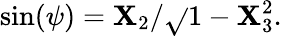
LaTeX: \sin(\psi)=\mathbf{X}_{2}/{\sqrt{}{{1-\mathbf{X}_{3}^{2}}}}.